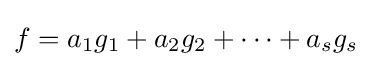
f=a_{1}g_{1}+a_{2}g_{2}+\dotsm +a_{s}g_{s}